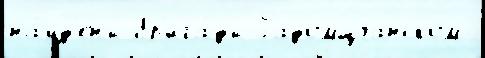
на́йд'ены бр'ига́ды Радомщчанском